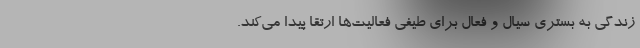
زندگی به بستری سیال و فعال برای طیفی فعالیت‌ها ارتقا پیدا می‌کند.